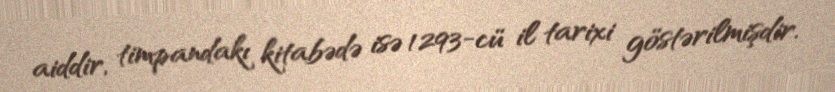
aiddir, timpandakı kitabədə isə 1293-cü il tarixi göstərilmişdir.